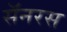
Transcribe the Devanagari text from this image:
सॅनरस